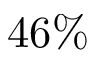
4 6 \%